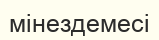
мінездемесі